Medical and sanitary report of the native army of Bengal for the year
Year: 1875
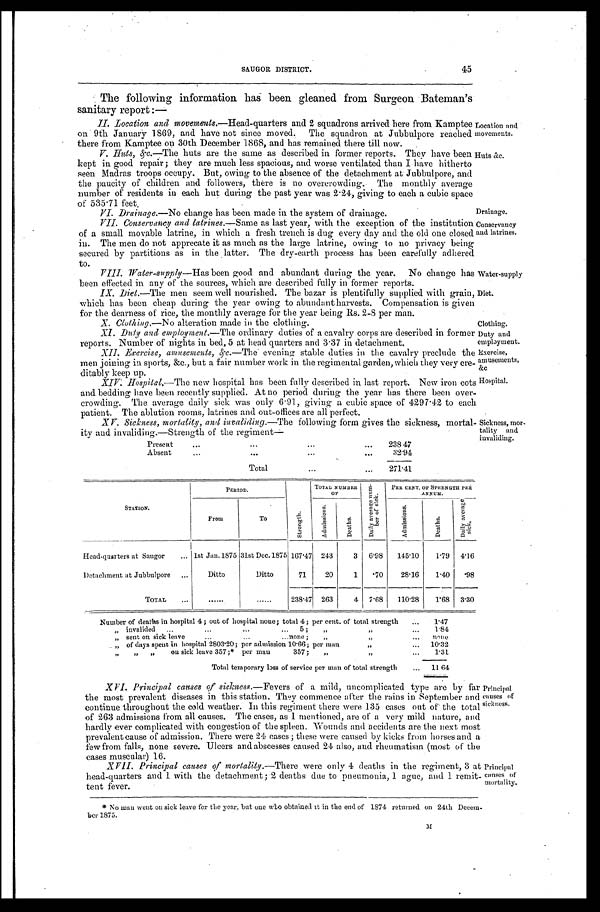
Location and
movements.
Huts &c.
Water-supply
Diet.
45
SAUGOR DISTRICT.
The following information has been gleaned from Surgeon Bateman's
s a n i t a r y r e p o r t : —
II. Location and movements.—Head-quarters and 2 squadrons arrived here from Kamptee
on 9th January 1869, and have not since moved. The squadron at Jubbulpore reached
there from Kamptee on 30th December 1868, and has remained there till now.
V. Huts, &c.— The huts are the same as described in former reports. They have been
kept in good repair ; they are much less spacious, and worse ventilated than I have hitherto
seen Madras troops occupy. But, owing to the absence of the detachment at Jubbulpore, and
the paucity of children and followers, there is no overcrowding. The monthly average
number of residents in each hut during the past year was 2.24, giving to each a cubic space of 535.71 feet.
VI. Drainage.—No change has been made in the system of drainage.
Drainage.
VII. Conservancy and latrines. —Same as last year, with the exception of the institution
of a small movable latrine, in which a fresh trench is dug every day and the old one closed
in. The men do not apprecate it as much as the large latrine, owing to no privacy being
secured by partitions as in the latter. The dry-earth process has been carefully adhered
to.
VIII. Water-supply—Has been good and abundant during the year. No change has
been effected in any of the sources, which are described fully in former reports.
IX. Diet.—The men seem well nourished. The bazar is plentifully supplied with grain,
which has been cheap during the year owing to abundant harvests. Compensation is given
for the dearness of rice, the monthly average for the year being Rs. 2-8 per man.
Conservancy
and latrines.
X. Clothing.—No alteration made in the clothing.
Clothing.
XI. Duty and employment.—The ordinary duties of a cavalry corps are described in former
reports. Number of nights in bed, 5 at head quarters and 3.37 in detachment.
XII. Exercise, amusements, &c.—The evening stable duties in the cavalry preclude the
men joining in sports, &c., but a fair number work in the regimental garden, which they very cre
-ditably keep up.
Duty and
employment.
Exercise,
amusements,
&c
Hospital.
Sickness, mor
-tality and
invaliding.
X I V . H o s p i t a l .
— T h e
n e w
h o s p i t a l h a s b e e n f u l l y d e s c r i b e d i n l a s t r e p o r t . N e w i r o nc
o t s
and bedding have been recently supplied. At no period during the year has there been over--
crowding. The average daily sick was only 6.91, giving a cubic space of 4297.42 to each
patient. The ablution rooms, latrines and out-offices are all perfect.
XV. Sickness, mortality, and invaliding.—The following form gives the sickness, mortal
-ity and invaliding.—Strength of the regiment—
Present
.
.
.
238.47
A b s e n t . . .
32.94
Total . . .
2 7 1 . 4 1
STATION.
PERIOD.
S t r e n g t h .
TOTAL NUMBER
O F
D a i l y a v e r a g e n u m - b e r o f s i c k .
PER CENT. OF STRENGTH PER
A N N U M .
From
To
A d m i s s i o n s .
D e a t h s .
A d m i s s i o n s .
D e a t h s .
D a i l y a v e r a g e s i c k .
Head-quarters at Saugor . . .
1st Jan.1875 31st Dec.1875 167.47 243
3
6.98
145.10
1.79
4.16
Detachment at Jubbulpore . . .
Ditto
Ditto
71
20
1
. 7 0
28.16
1.40
.98
TOTAL . . .
. . .
. . .
238.47 263
4
7.68
110.28
1.68
3.30
Number of deaths in hospital 4 ; out of hospital none; total 4 ; per cent. of total strength . . .
1.47
" i n v a l i d e d . . . 5 ; " " . . .
1.84
"
sent on sick leave . . . none; " "
. . .
n o n e
"
of days spent in hospital 2803.20; per admission 10.66; per man " . . .
10.32
" " " o
n sick leave 357 ;*
per man
357; " " . . .
1.31
Total temporary loss of service per man of total strength . . .
11. 64
X V I . P r i n c i p a l c a u s e s o f
s i c k n e s s .—
F e v e r s o f a m i l d , u n c o m p l i c a t e d t y p e a r e b y f a r
the most prevalent diseases in this station. They commence after the rains in September and
continue throughout the cold weather. In this regiment there were 135 cases out of the total
of 263 admissions from all causes. The cases, as I mentioned, are of a very mild nature, and
hardly ever complicated with congestion of the spleen. Wounds and accidents are the next most
prevalent cause of admission. There were 24 cases ; these were caused by kicks from horses and a
few from falls, none severe. Ulcers and abscesses caused 24 also, and rheumatism (most of the
cases muscular) 16.
XVII. P r i n c i p a l c a u s e s
o f m o r t a l i y .
— T h e r e
w e r e o n l y 4 d e a t h s i n t h e r e g i m e n t , 3 a t
head-quarters and 1 with the detachment ; 2 deaths due to pneumonia, 1 ague, and 1 remit--
tent fever.
Principal
causes of
sickness.
Principal
causes of
mortality
.
* No man went on sick leave for the year, but one who obtained it in the end of 1874 returned on 24th Decem
-ber 1875.
M